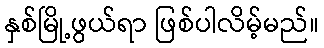
နှစ်မြို့ဖွယ်ရာ ဖြစ်ပါလိမ့်မည်။